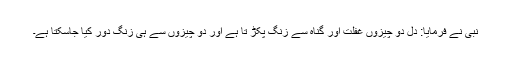
نبیؐ نے فرمایا: دل دو چیزوں غفلت اور گناہ سے زنگ پکڑ تا ہے اور دو چیزوں سے ہی زنگ دور کیا جاسکتا ہے۔